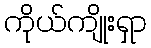
ကိုယ်ကျိုးရှာ